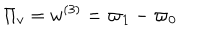
LaTeX: \Pi _ { v } = w ^ { ( 3 ) } = \varpi _ { 1 } - \varpi _ { 0 }